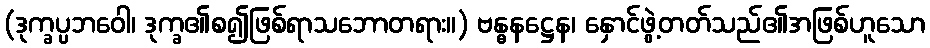
(ဒုက္ခပ္ပဘဝေါ၊ ဒုက္ခ၏စ၍ဖြစ်ရာသဘောတရား။) ဗန္ဓနဋ္ဌေန၊ နှောင်ဖွဲ့တတ်သည်၏အဖြစ်ဟူသော